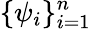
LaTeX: \{ \psi_{i}\} _{i=1}^{n}